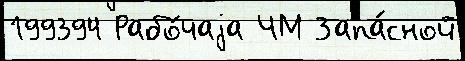
199394 Рабо́чаjа ЧМ Запа́сной